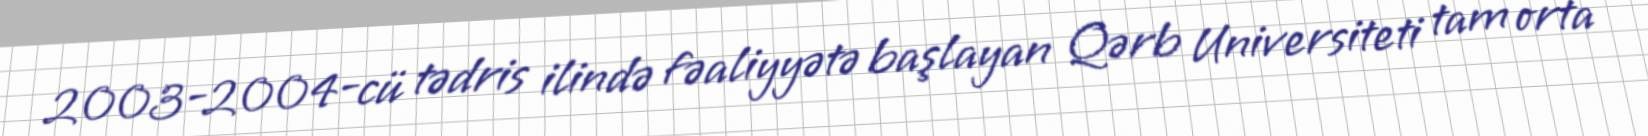
2003-2004-cü tədris ilində fəaliyyətə başlayan Qərb Universiteti tam orta